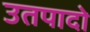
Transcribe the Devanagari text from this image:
उतपादो